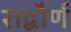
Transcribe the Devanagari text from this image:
राद्बौर्ण